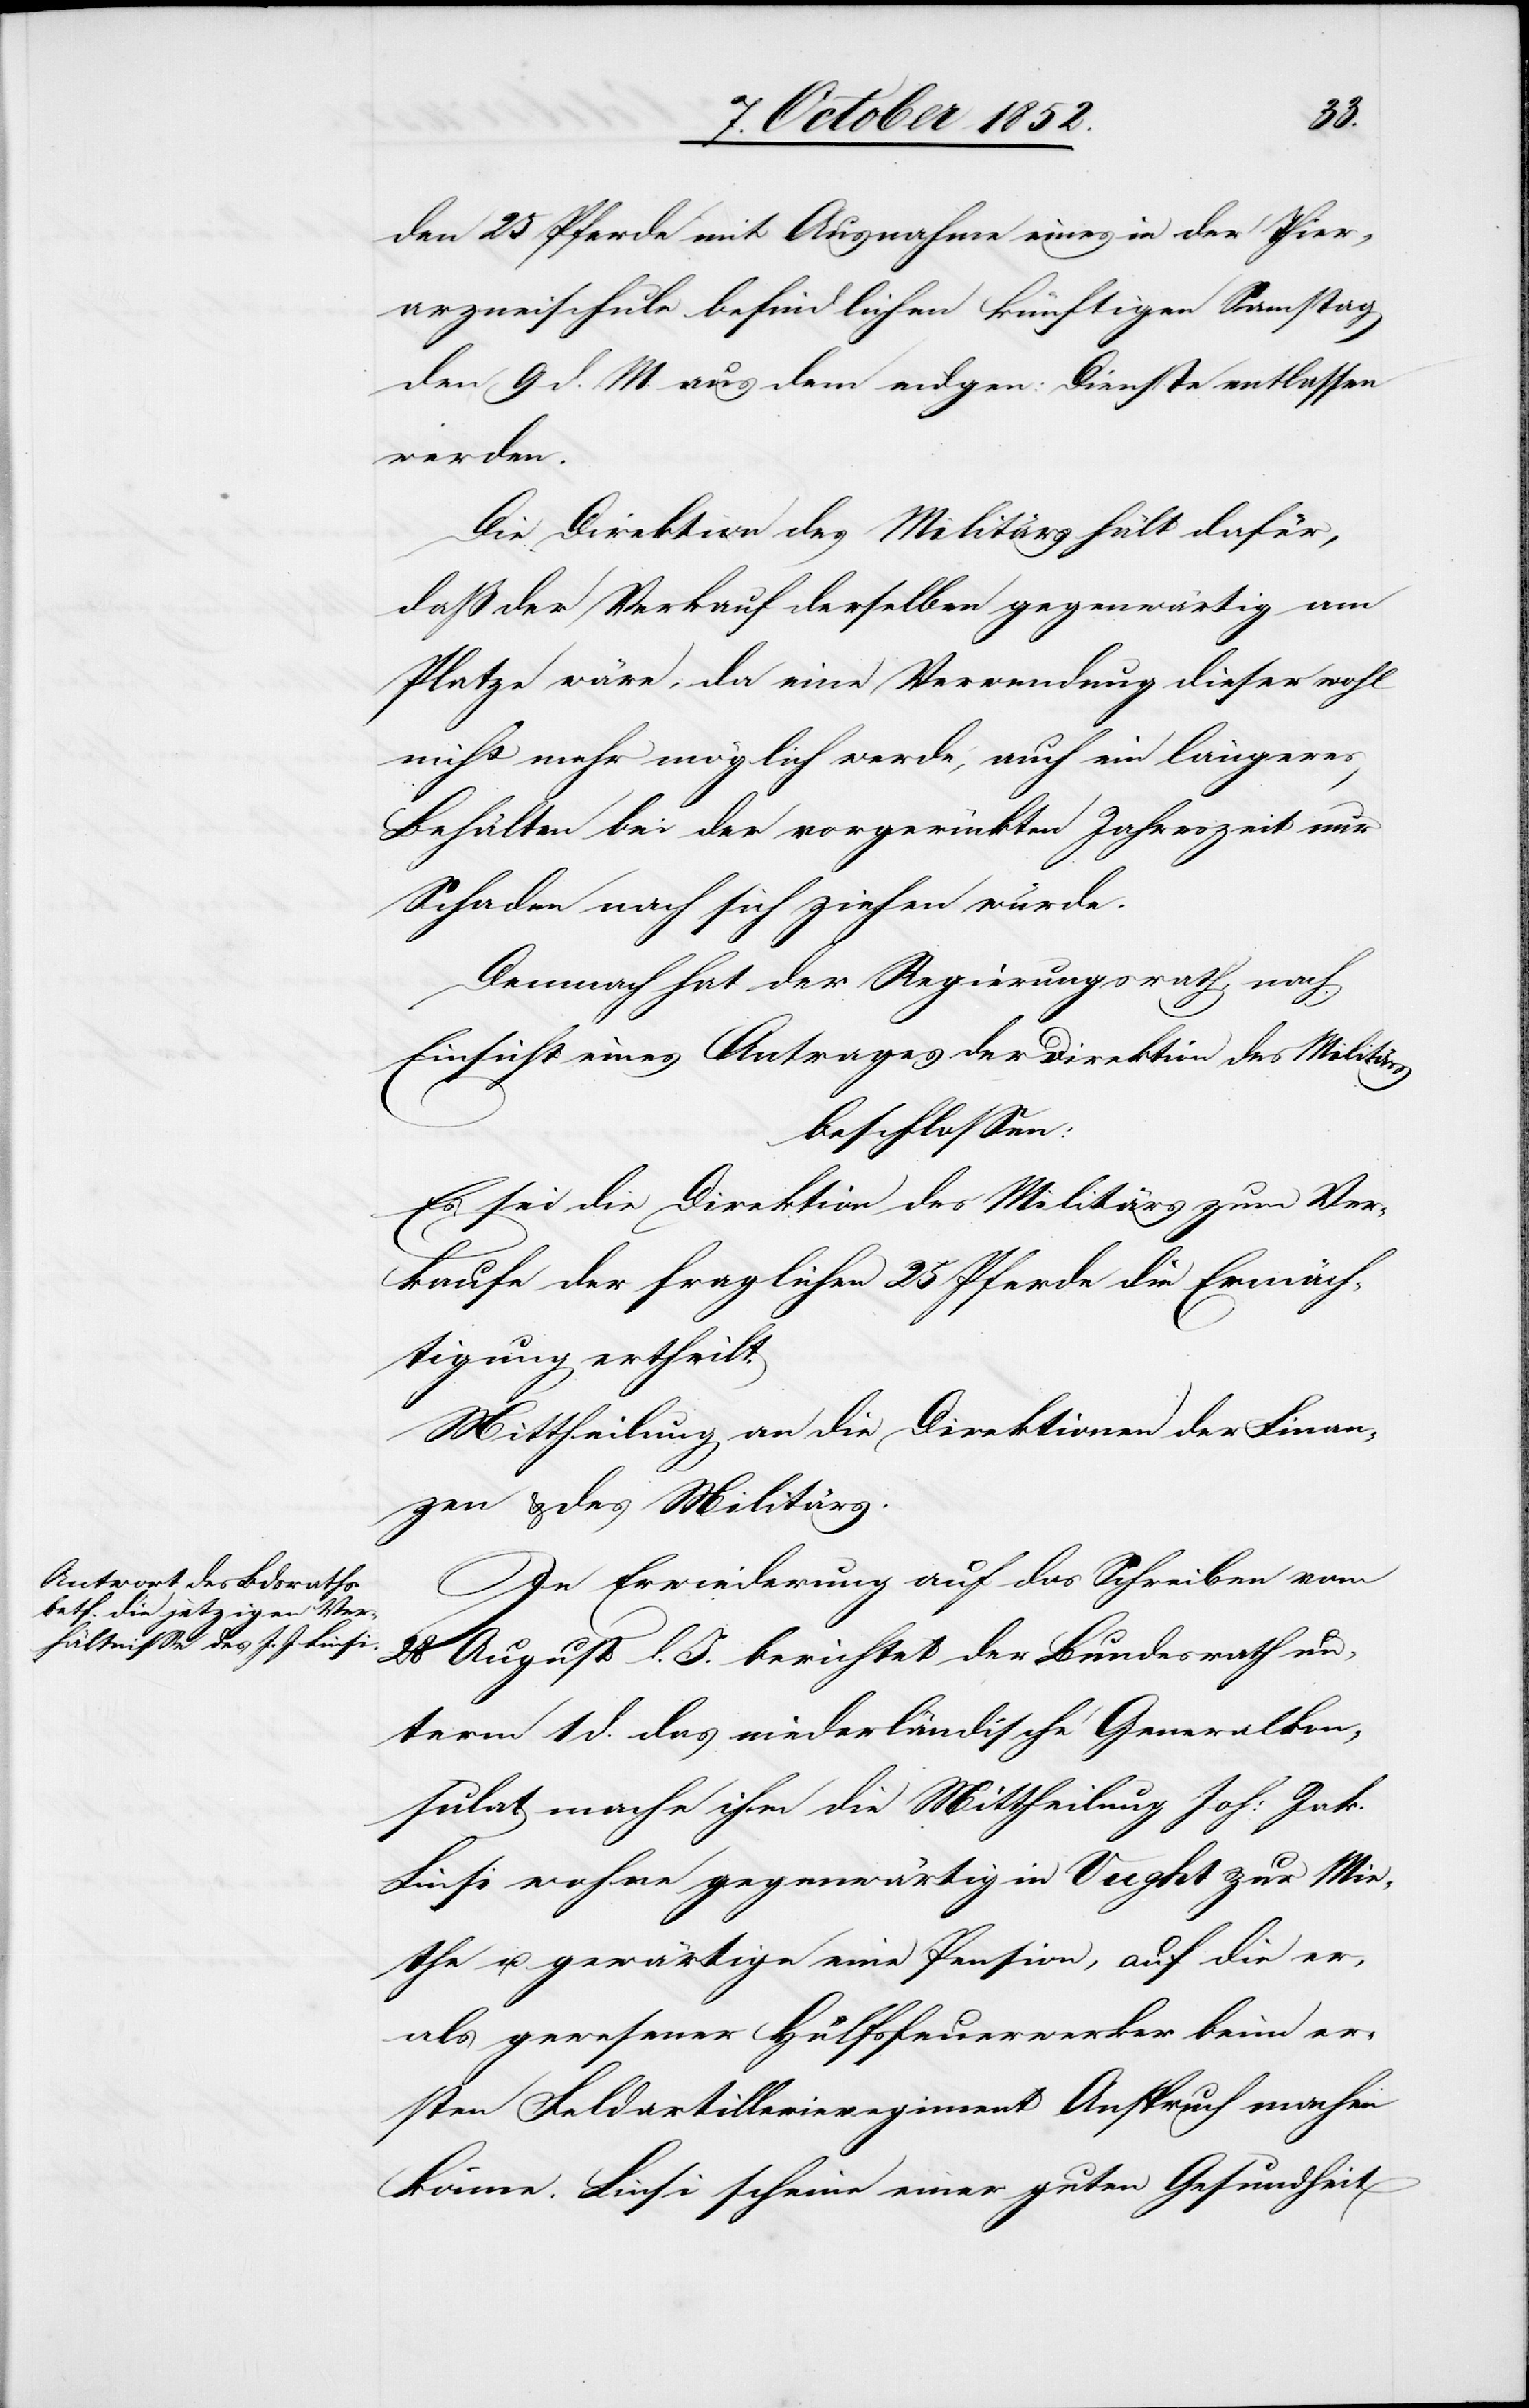
den 25 Pferde mit Ausnahme eines in der Thier¬
arzneischule befindlichen künftigen Samstag
den 9 d. M. aus dem eidgen: Dienste entlassen
werden.
Die Direktion des Militärs hält dafür,
daß der Verkauf derselben gegenwärtig am
Platze wäre, da eine Verwendung dieser wohl
nicht mehr möglich werde, auch ein längeres
Behälten [sic!] bei der vorgerückten Jahreszeit nur
Schaden nach sich ziehen würde.
Demnach hat der Regierungsrath, nach
Einsicht eines Antrages der Direktion des Militärs
beschlossen:
Es sei die Direktion des Militärs zum Ver¬
kaufe der fraglichen 25 Pferde die Ermäch¬
tigung ertheilt.
Mittheilung an die Direktionen der Finan¬
zen & des Militärs.
In Erwiederung auf das Schreiben vom
28 August l. J. berichtet der Bundesrath un¬
term 1 d. das niederländische Generalkon¬
sulat mache ihm die Mittheilung Joh: Jak.
Linsi wohne gegenwärtig in Vught zur Mie¬
the u. gewärtige eine Pension, auf die er
als gewesener Hülfsfeuerwerker beim er¬
sten Feldartillerieregiment Anspruch machen
könne. Linsi scheine einer guten Gesundheit